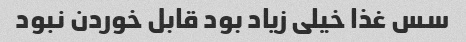
سس غذا خیلی زیاد بود قابل خوردن نبود